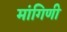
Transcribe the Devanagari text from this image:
मांगिणी